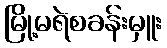
မြို့မရဲစခန်းမှူး